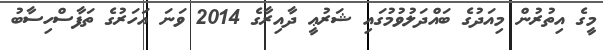
މީގެ އިތުރުން މިއަދުގެ ބައްދަލުވުމުގައި ޝަރުޢީ ދާއިރާގެ 2014 ވަނަ އަހަރުގެ ތަފާސްހިސާބު